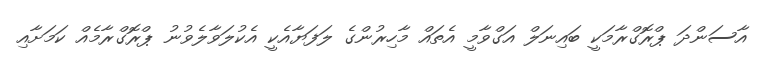
އާސަންދަ ޕްރޮގްރާމަކީ ބައިނަލް އަގްވާމީ އެތައް މާހިރުންގެ ލަފަޔާއެކީ އެކުލަވާލެވުނު ޕްރޮގްރާމެއް ކަމަށާއި